system: You are a helpful assistant.
user:
Analyze the provided spectrum to determine if it is a **"Cataclysmic Variables (CV)"**.

- **Key Indicators for CV (Check for either state):**
    - **State 1: Quiescent / Low-State (Emission-Dominated)**
        - **(Primary):** Strong and *very broad* Hydrogen Balmer emission lines (e.g., $H\alpha$ at 6563 Å, $H\beta$ at 4861 Å). The 'broadness' (high velocity dispersion, often FWHM > 1000 km/s) is the key diagnostic, indicating a high-velocity accretion disk.
        - **(Secondary):** Broad neutral Helium (He I) emission lines (e.g., 5876 Å, 6678 Å).
        - **(Key Confirmation):** Presence of high-excitation *ionized* Helium (He II) emission at 4686 Å. This is a strong indicator of accretion onto a white dwarf.
        - **(Line Profile):** Emission lines may exhibit a 'double-peaked' profile, which is a classic signature of a rotating accretion disk viewed at high inclination.

    - **State 2: Outburst / High-State (Absorption-Dominated)**
        - **(Primary):** Spectrum is dominated by a bright, blue continuum (looks like a hot star).
        - **(Secondary):** The emission lines from State 1 are weak, absent, or 'filled in', and are replaced by broad, shallow *absorption* lines (primarily Balmer and He I).
        - **(Morphology):** The overall spectrum mimics a hot B/A-type star. The crucial difference is that the absorption lines are significantly broader, shallower, and more 'washed-out' (or 'smeared') than the sharp lines of a normal stellar photosphere, due to high rotational speeds and pressure broadening in the disk.

Think first, call **spectral_visualization_tool** if needed to examine features in detail, then provide your final answer. Your response must adhere to the following strict rules:
1.  **Overall Structure:** Your response must follow the format `<think>...</think> <tool_call>...</tool_call> (if a tool is used) <answer>...</answer>`.
2.  **Tool Usage Constraint:** You may only make **one** tool call per turn.
3.  **Final Answer Format:** In the `<answer>` tag, your conclusion must be inside a `\boxed{}` command (e.g., `\boxed{YES}`), followed by your justification.

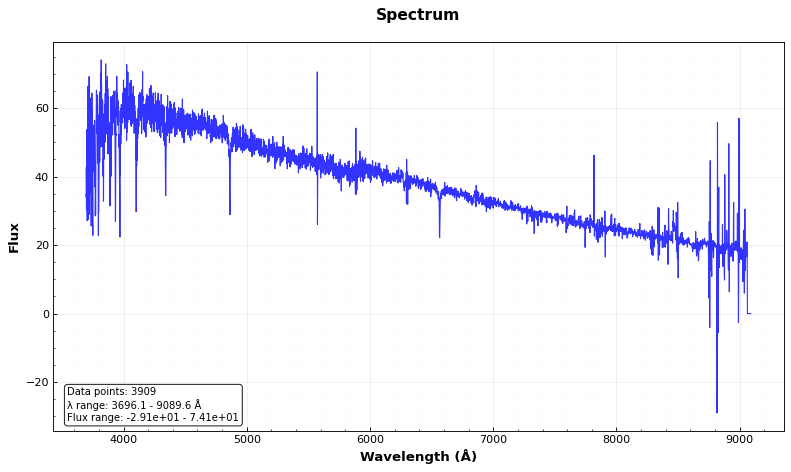
Answer: NO